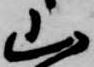
山